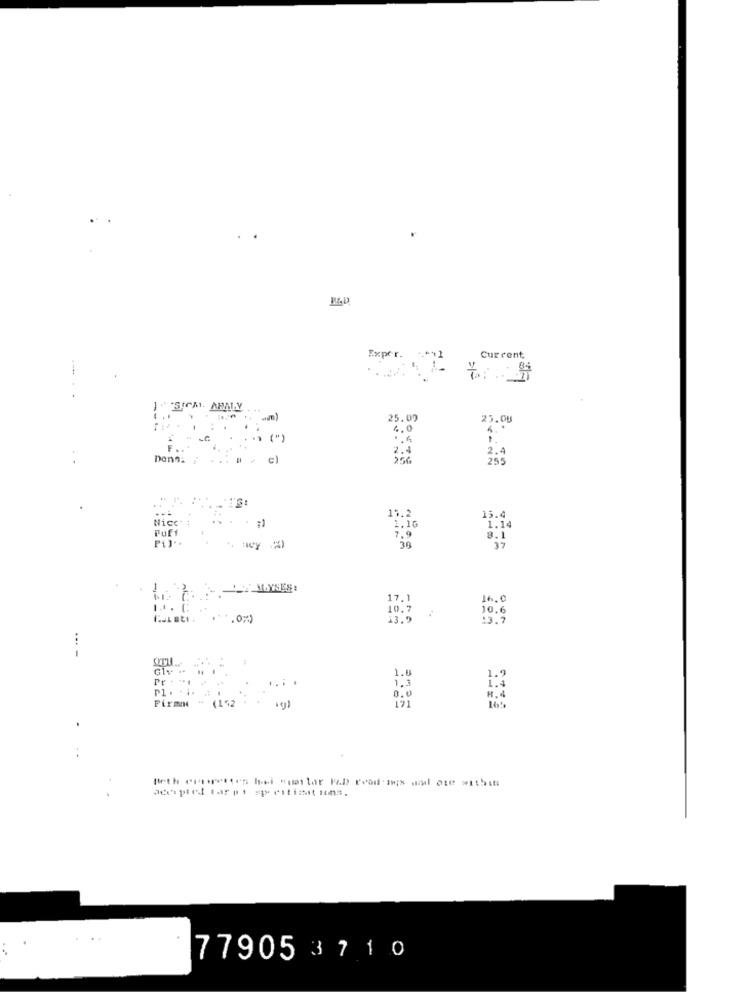
Current
25.09
23.08
" (")
F.+
32
2.4
11.2
Nicc
13.0
Puff
1.16
1.14
7.9
8.1
16.0
10.7
10.6
13.7
1.8
Pr - ** 1
1.3
1152
191
R.4
oderpiet tar pi speitizations.
77905 3 7 1 0